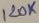
Text: 120K